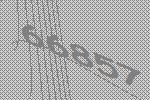
66857